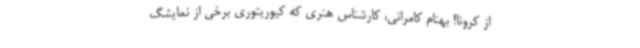
از کرونا! بهنام کامرانی، کارشناس هنری که کیوریتوری برخی از نمایشگ